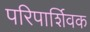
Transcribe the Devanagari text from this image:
परिपार्शिवक